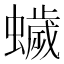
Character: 𮕃